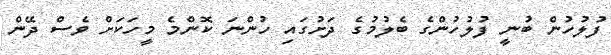
ފުލުހުން ބުނީ ފުލުހުންގެ ބެލުމުގެ ދަށުގައި ހުންނަ ކޮންމެ މީހަކަށް ވެސް ދޭން